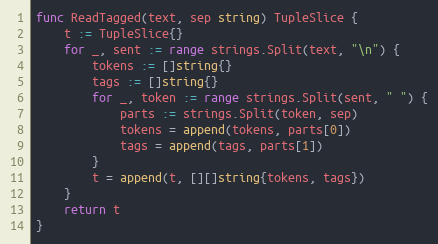
Language: Go
func ReadTagged(text, sep string) TupleSlice {
	t := TupleSlice{}
	for _, sent := range strings.Split(text, "\n") {
		tokens := []string{}
		tags := []string{}
		for _, token := range strings.Split(sent, " ") {
			parts := strings.Split(token, sep)
			tokens = append(tokens, parts[0])
			tags = append(tags, parts[1])
		}
		t = append(t, [][]string{tokens, tags})
	}
	return t
}